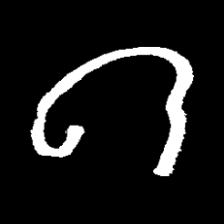
Pyu character \u2014 Myanmar letter: ဂ (romanized: ga)